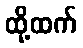
ထို့ထက်